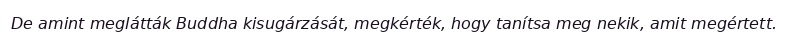
De amint meglátták Buddha kisugárzását, megkérték, hogy tanítsa meg nekik, amit megértett.